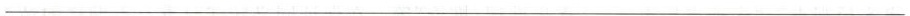
___